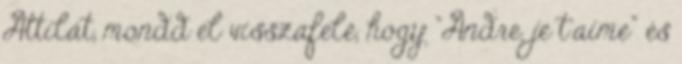
Attilát, mondd el visszafelé, hogy "Andre, je t'aime" és